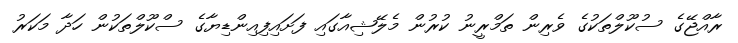
ރާއްޖޭގެ ސުކޫލްތަކުގެ ވެރިން ތަމްރީނު ކުރުން މެލޭޝިއާގައި ފަށައިފިއިންޑިޔާގެ ސްކޫލްތަކުން ހަދާ މަކަރު